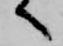
へ